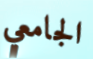
الجامعي